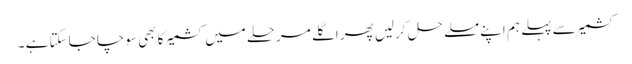
کشمیر سے پہلے ہم اپنے مسلے حل کرلیں پھر اگلے مرحلے میں کشمیر کا بھی سوچا جاسکتا ہے ۔